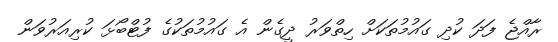
ރާއްޖެ ފަދަ ކުދި ގައުމުތަކަށް ހިތްވަރު ދީގެން އެ ގައުމުތަކުގެ ފުޓްބޯޅަ ކުރިއަރުވަން